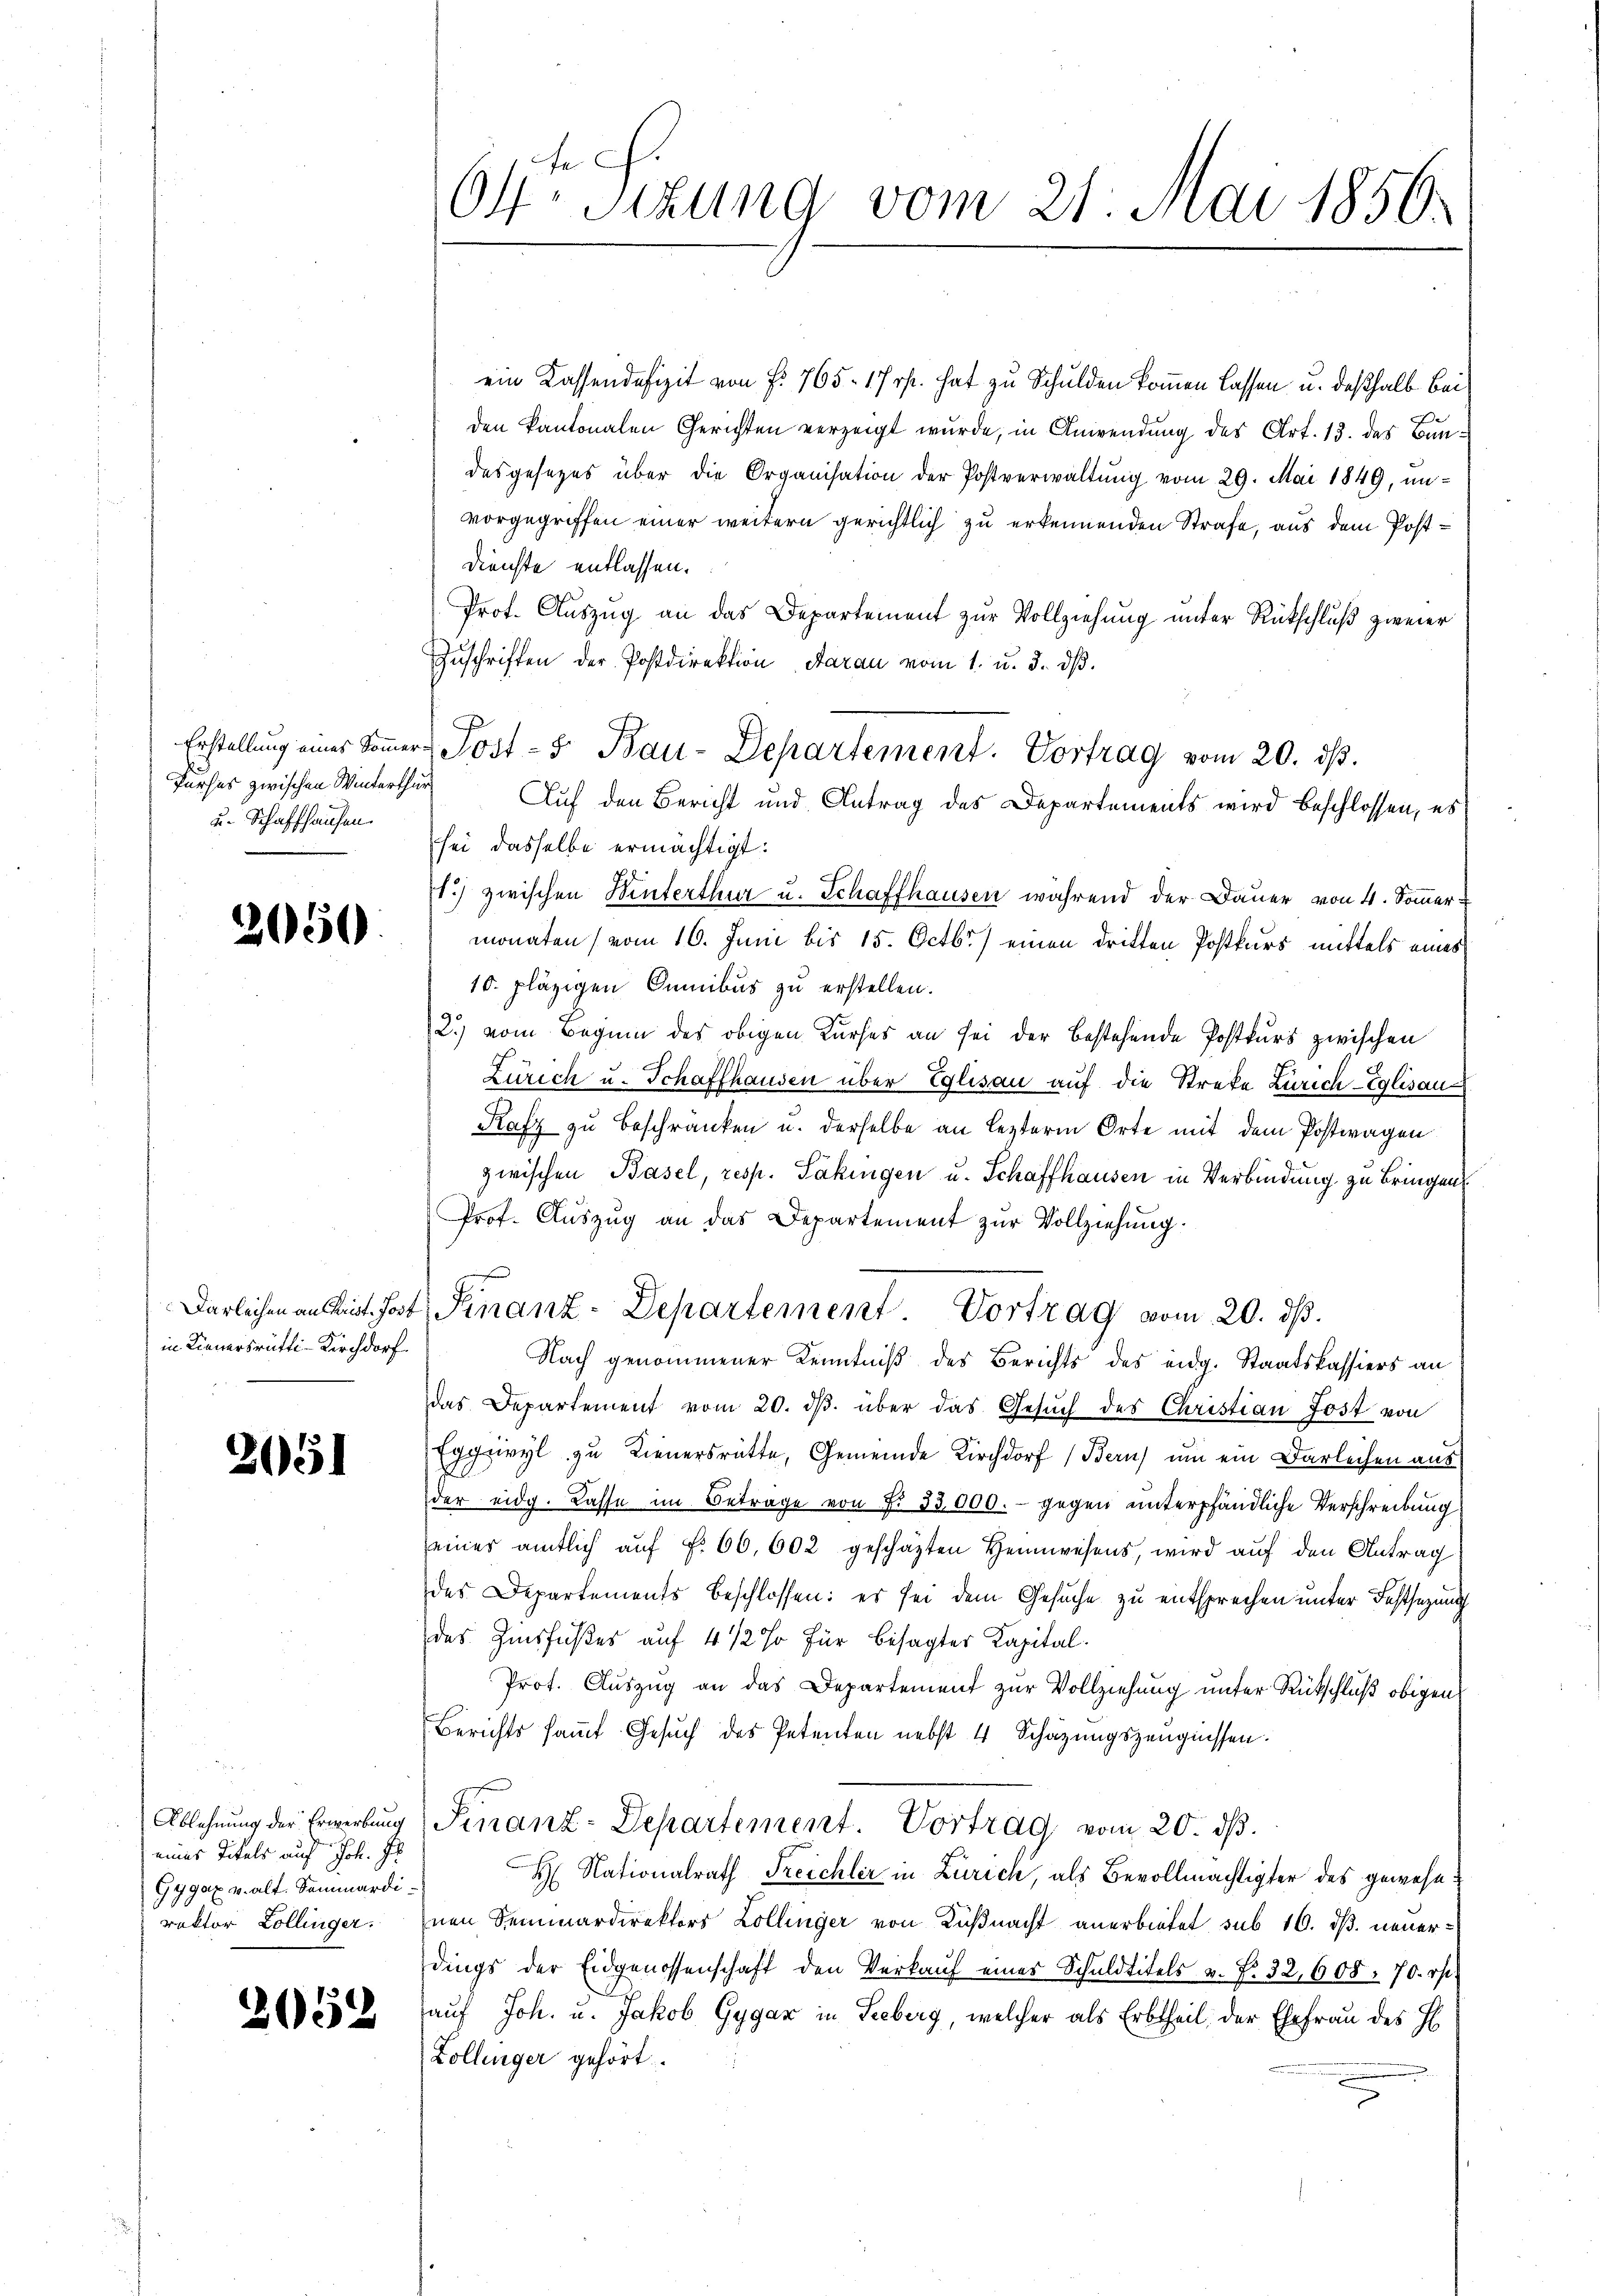
u. Schaffhausen.

2050

in Linnersrütti-Kirchdorf.

2051

Ablehnung der Erwerbung
eines Titels auf Joh. Pr
Gygax v. alt. Sammardirektor Zollinger.

2052

ein Kassendefizit von f. 765. 17 rp. hat zu Schulden kommen lassen u. deßhalb bei
den kantonalen Gerichten verzeigt wurde, in Anwendung des Art. 13. des Bundesgesezes über die Organisation der Postverwaltung vom 29. Mai 1849, unvorgegriffen einer weitern gerichtlich zu erkennenden Strafe, aus dem Post¬
Dienste entlassen.
Prot. Auszug an das Departement zur Vollziehung unter Rückschluß zweier
Zuschriften der Postdirektion daran vom 1. u. 3. dβ.
sei dasselbe ermächtigt:
1.) zwischen Winterthur u. Schaffhausen während der Dauer von 4. Sommer-
monaten (vom 16. Juni bis 15. Octbr.) einen dritten Postkurs mittels eines
10. pläzigen Cumibus zu erstellen.
2.) vom Beginn des obigen Kurses an sei der bestehende Postkurs zwischen
Zürich u. Schaffhausen über Eglisau auf die Streke Zürich-Eglisau
Rafz zu Beschränken u. derselbe an lezterm Orte mit dem Postwagen
zwischen Basel, resp. Säkingen u. Schaffhausen in Verbindung zu bringen
Prof. Auszug an das Departement zur Vollziehung.
Därlichen an mit hat Finanz-Departement Vortrag vom 20. ds.
Nach genommener Kenntniß des Berichts des eidg. Staatskassiers an
das Departement vom 20. dβ über das Gesuch des Christian Jost von
Eggzivyl zu Tienersrütte, Gemeinde Kirchdorf (Bern) um ein Darleihen aus
der eidg. Casse im Betrage von Nr. 33000.- gegen unterpfändliche Verschreibung
seiner amtlich auf No 66,602 geschäzten Heimwesens, wird auf den Antrag
des Departements beschlossen: es sei dem Gesuche zu entsprechen unter Festsezung
des Zinsfußes auf 4 1/2 % für besagter Kapital¬
Prot. Auszug an das Departement zur Vollziehung unter Rückschluß obigen
Berichts sammt Gesuch des Petenten nebst 4 Schazungszeugnissen.
Finanz-Departement. Vortrag vom 20. dß.
H Nationalrath Treichler in Zürich, als Bevollmächtigter des gewesenen Seminardirektors Zollinger von Küßnacht anerbietet sub 16. dß. neuerdings der Eidgenossenschaft den Verkauf eines Schuldtitels u. f. 32, 608. 70. rt.
auf Joh. u. Jakob Gygar in Seeberg, welcher als Erbtheil der Ehefrau des H
Zollinger gehört.

64ten Sizung vom 21. Mai 1856.

Erstellŭng einer Soṁer-Post- 5. Bau-Departement. Vortrag vom 20. dβ.
Furses zwischen Winterthur Auf den Bericht und Antrag des Departements wird beschlossen, es